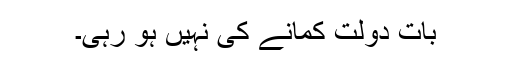
بات دولت کمانے کی نہیں ہو رہی۔